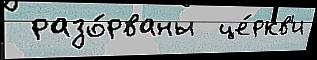
 разо́рваны  це́ркв'и